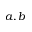
a , b